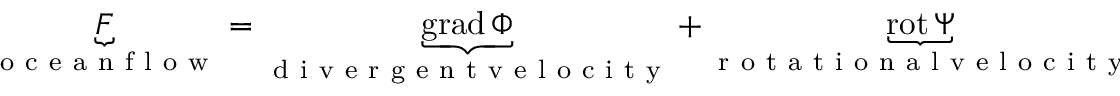
\begin{array} { r } { \underbrace { F } _ { \mathrm { ~ o ~ c ~ e ~ a ~ n ~ f ~ l ~ o ~ w ~ } } = \underbrace { \mathrm { g r a d } \, \Phi } _ { \mathrm { ~ d ~ i ~ v ~ e ~ r ~ g ~ e ~ n ~ t ~ v ~ e ~ l ~ o ~ c ~ i ~ t ~ y ~ } } + \underbrace { \mathrm { r o t } \, \Psi } _ { \mathrm { ~ r ~ o ~ t ~ a ~ t ~ i ~ o ~ n ~ a ~ l ~ v ~ e ~ l ~ o ~ c ~ i ~ t ~ y ~ } } } \end{array}